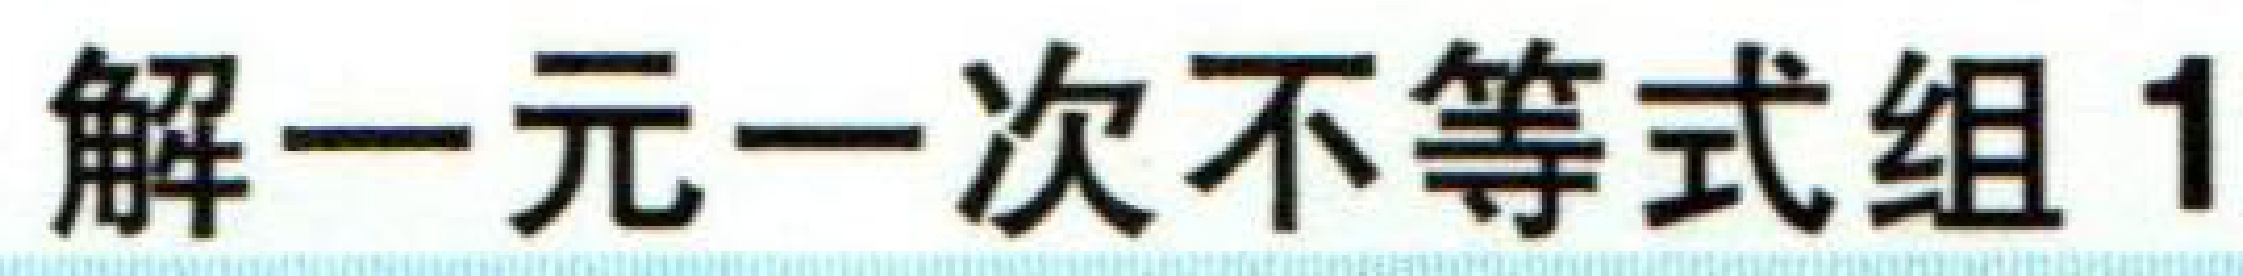
解一元一次不等式组1